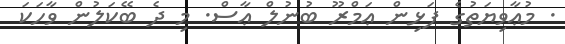
. މުޢާވިޔަތުގެ ފަޅިން ޢަމްރޫ ބުނުލް ޢާސް. މި ދެ ބޭކަލުން ވާހަކަ